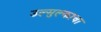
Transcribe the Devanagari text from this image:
उल्मुल्काचा